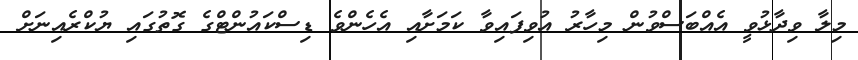
މިލާ ވިދާޅުވީ އެއްބަސްވުން މިހާރު އުވިފައިވާ ކަމަށާއި އެހެންވެ ޑިސްކައުންޓްގެ ގޮތުގައި ޔުކްރެއިނަށް